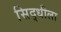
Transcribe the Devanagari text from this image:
सिद्धीला